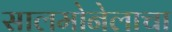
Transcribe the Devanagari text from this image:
सालमोनेलाचा